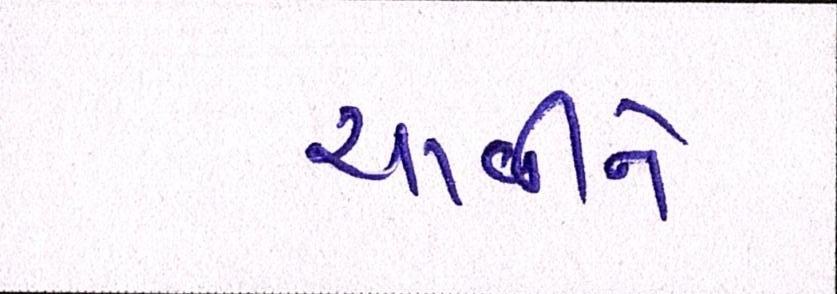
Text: ચાવીને